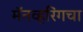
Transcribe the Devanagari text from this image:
मॅनव्हरिंगचा